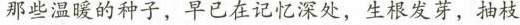
那些湿缓的种子，早已在记忆深处，生根发芽，抽枝